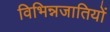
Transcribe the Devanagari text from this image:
विभिन्नजातियों